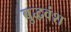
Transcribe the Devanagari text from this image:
बुद्धवंश